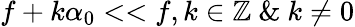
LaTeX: f+k\alpha_{0}<<f,k\in\mathbb{Z}\ \& \ k\ne 0